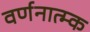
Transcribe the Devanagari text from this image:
वर्णनात्म्क